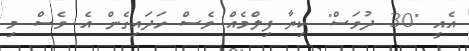
އެއީ "30 ދުވަސް" ކިޔާ ފިލްމެއް ވެސް ހަދައިގެން އެ ވެސް މި